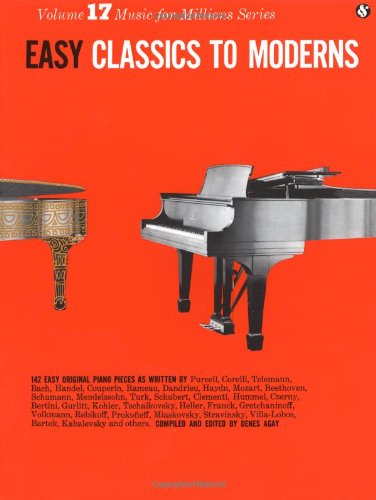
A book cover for Easy Classics to Moderns (Music for Millions, Vol. 17); Arts & Photography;